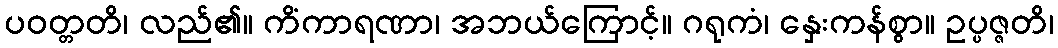
ပဝတ္တတိ၊ လည်၏။ ကိံကာရဏာ၊ အဘယ်ကြောင့်။ ဂရုကံ၊ နှေးကန်စွာ။ ဥပ္ပဇ္ဇတိ၊